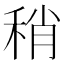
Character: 稍